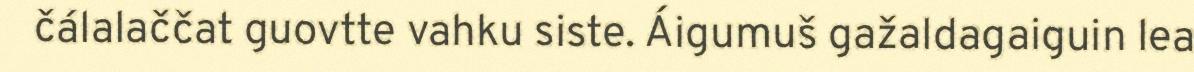
čálalaččat guovtte vahku siste. Áigumuš gažaldagaiguin lea